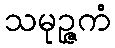
သမုဉ္ဇကံ